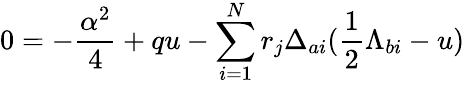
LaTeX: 0=-{\frac{\alpha^{2}}{4}}+qu-\sum_{i=1}^{N}r_{j}\Delta_{ai}({\frac{1}{2}}\Lambda_{bi}-u)